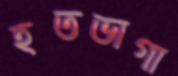
হতভাগা